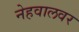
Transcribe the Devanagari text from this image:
नेहवालवर